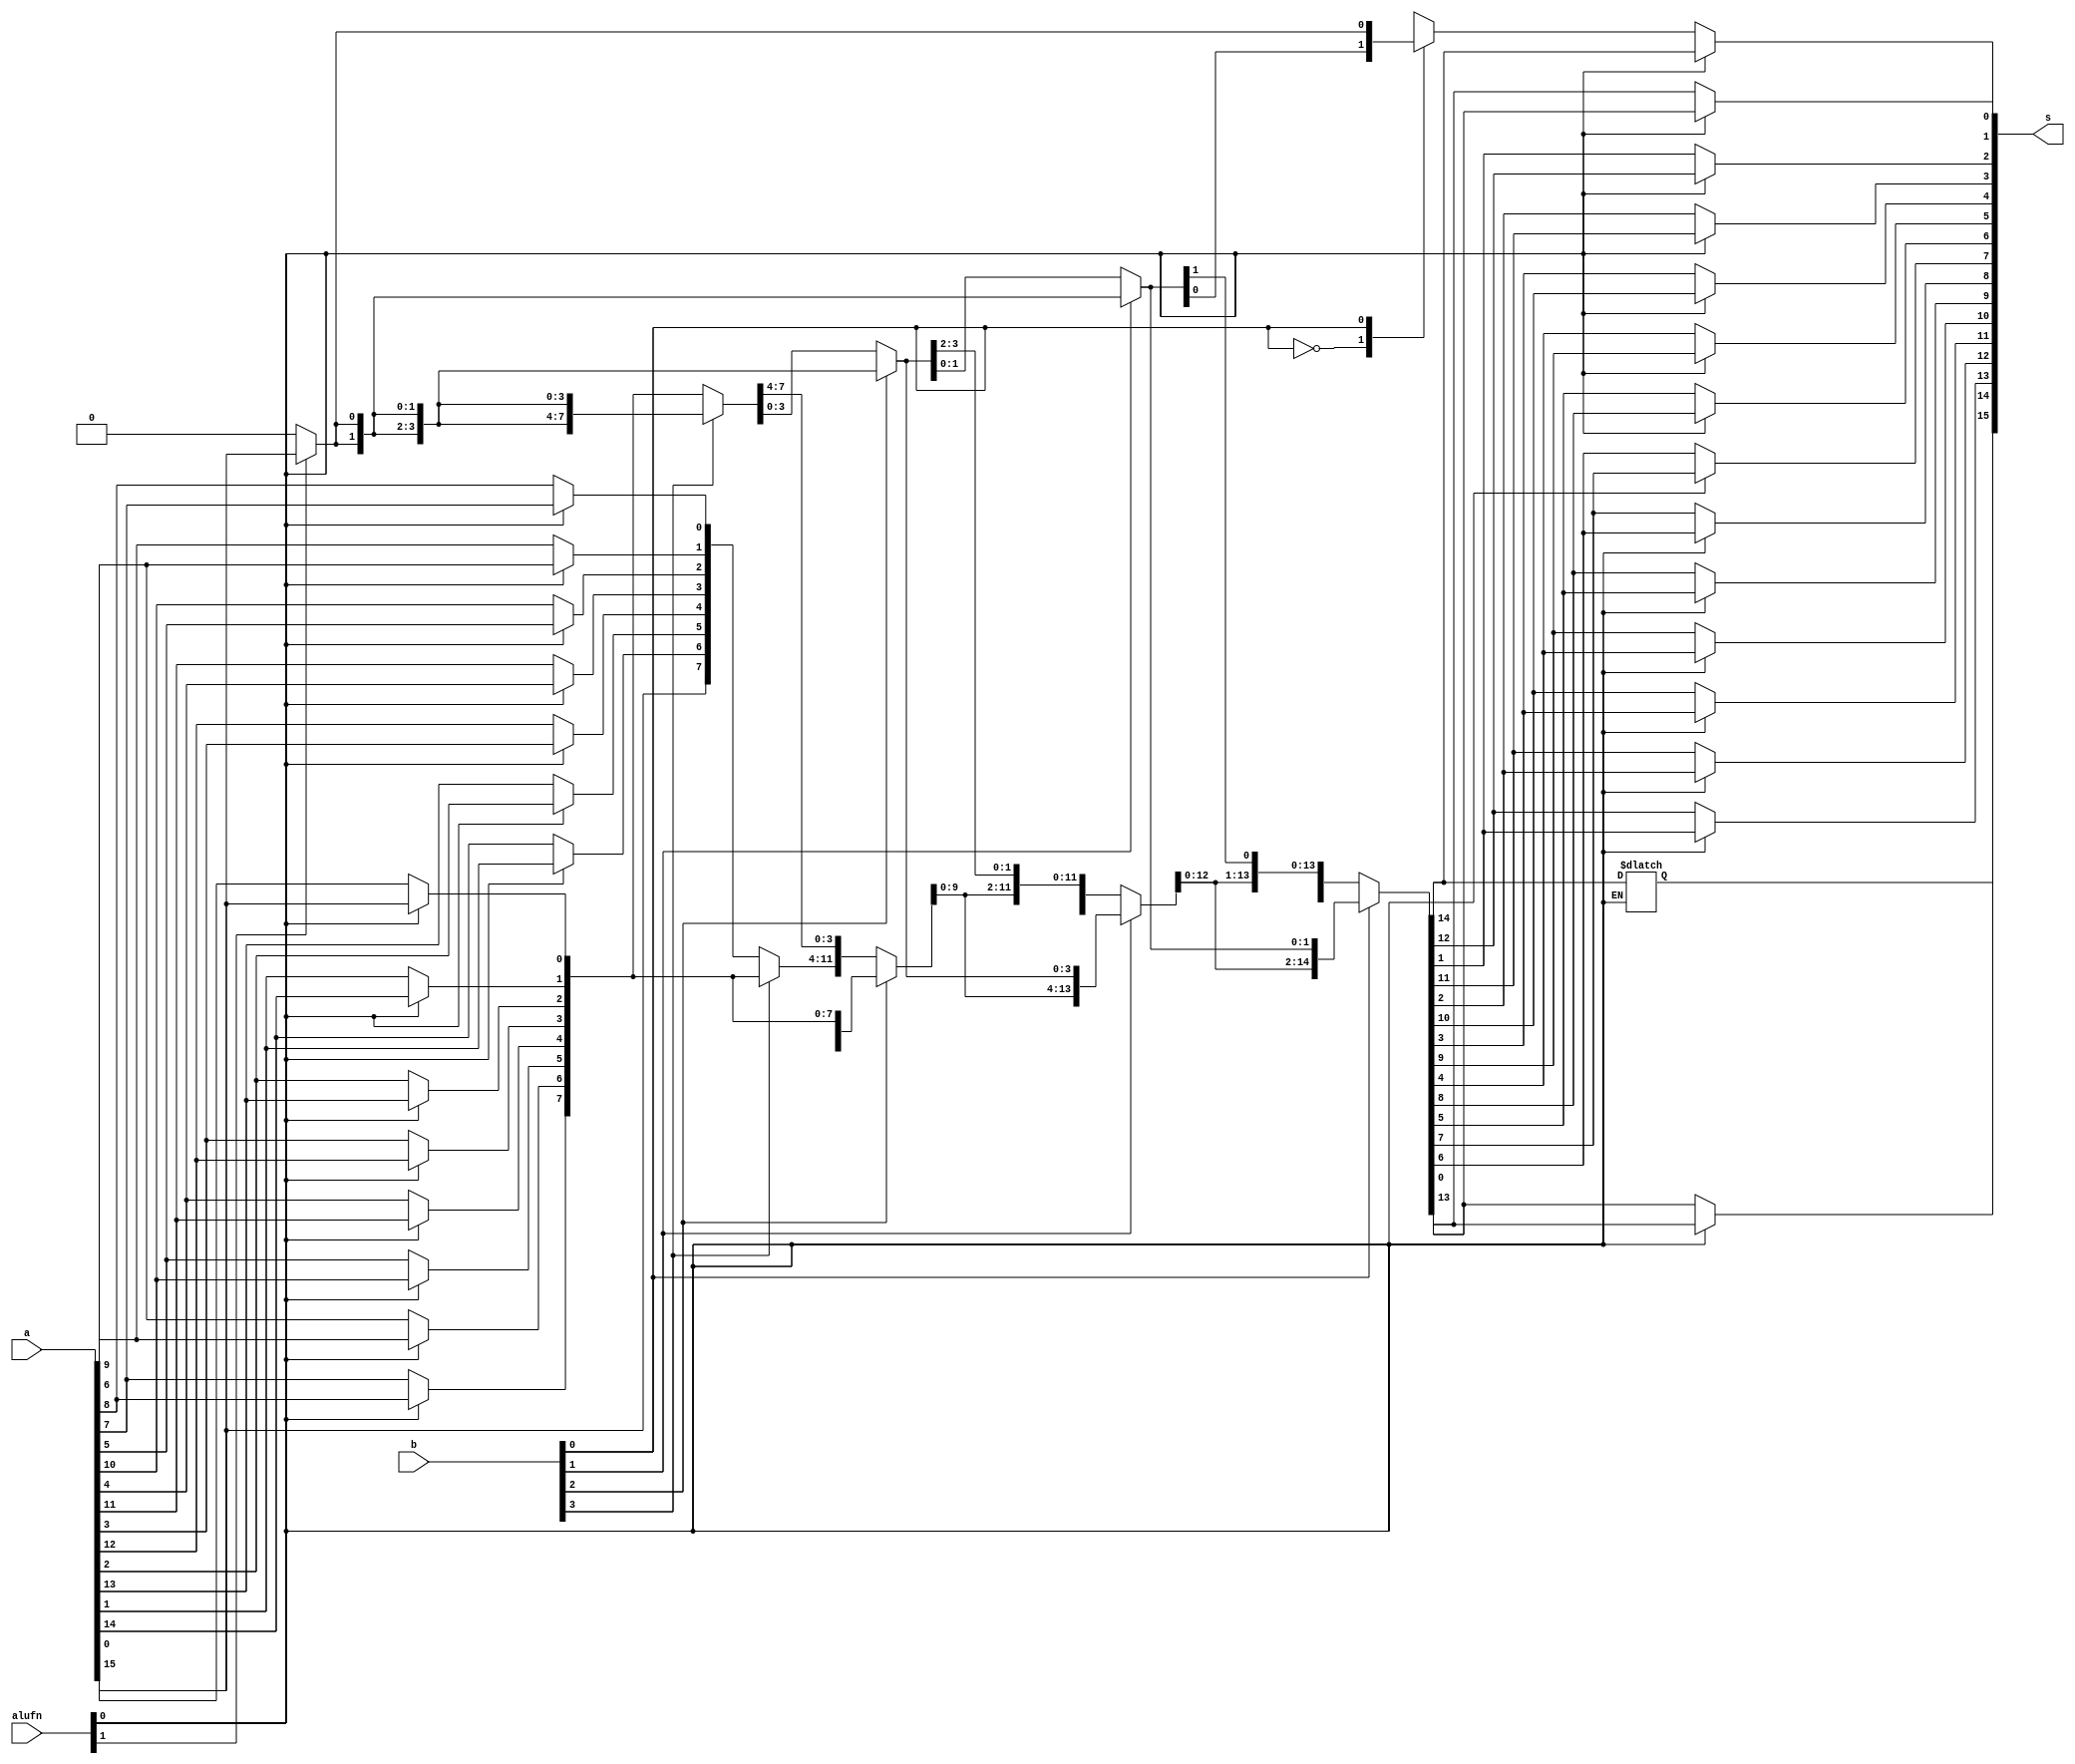
module shifter_6 (
    input [15:0] a,
    input [3:0] b,
    input [1:0] alufn,
    output reg [15:0] s
  );
  
  
  
  reg [15:0] w;
  
  reg [15:0] x;
  
  reg [15:0] y;
  
  reg [15:0] z;
  
  reg [15:0] si;
  
  reg j;
  
  integer i;
  
  always @* begin
    if (alufn[0+0-:1] == 1'h1) begin
      for (i = 1'h0; i < 4'hf; i = i + 1) begin
        w[(i)*1+0-:1] = a[(4'hf - i)*1+0-:1];
      end
    end else begin
      w = a;
    end
    if (alufn[1+0-:1] == 1'h1) begin
      j = a[15+0-:1];
    end else begin
      j = 1'h0;
    end
    
    case (b[3+0-:1])
      1'h0: begin
        x = w;
      end
      1'h1: begin
        x[8+7-:8] = w[0+7-:8];
        x[0+7-:8] = {4'h8{j}};
      end
      default: begin
        x = w;
      end
    endcase
    
    case (b[2+0-:1])
      1'h0: begin
        y = x;
      end
      1'h1: begin
        y[4+11-:12] = w[0+11-:12];
        y[0+3-:4] = {3'h4{j}};
      end
      default: begin
        y = x;
      end
    endcase
    
    case (b[1+0-:1])
      1'h0: begin
        z = y;
      end
      1'h1: begin
        z[2+13-:14] = y[0+13-:14];
        z[0+1-:2] = {2'h2{j}};
      end
      default: begin
        z = y;
      end
    endcase
    
    case (b[0+0-:1])
      1'h0: begin
        si = z;
      end
      1'h1: begin
        si[1+14-:15] = z[0+14-:15];
        si[0+0-:1] = j;
      end
      default: begin
        si = z;
      end
    endcase
    if (alufn[0+0-:1] == 1'h1) begin
      for (i = 1'h0; i < 4'hf; i = i + 1) begin
        s[(i)*1+0-:1] = si[(4'hf - i)*1+0-:1];
      end
    end else begin
      s = si;
    end
  end
endmodule